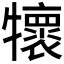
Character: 𤜄